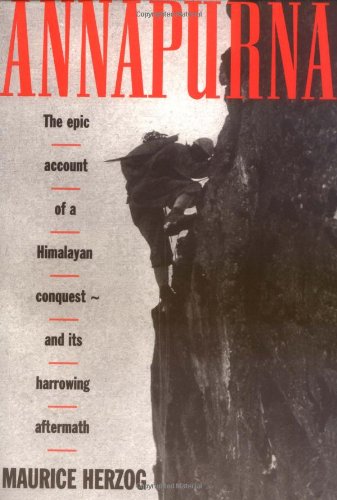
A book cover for Annapurna; Maurice Herzog; Travel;